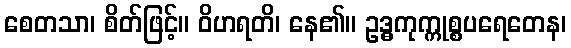
စေတသာ၊ စိတ်ဖြင့်။ ဝိဟရတိ၊ နေ၏။ ဥဒ္ဓကုက္ကုစ္စပရေတေန၊